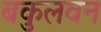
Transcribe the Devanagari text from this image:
बकुलवन